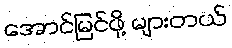
အောင်မြင်ဖို့ များတယ်